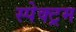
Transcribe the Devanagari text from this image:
स्पेक्‍ट्रम